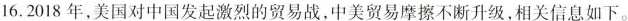
16.2018年,美国对中国发起激烈的贸易战，中美贸易摩擦不断开级,相关信息如下。